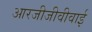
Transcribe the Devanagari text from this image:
आरजीजीवीवाई